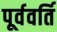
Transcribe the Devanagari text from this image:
पूर्ववर्ति